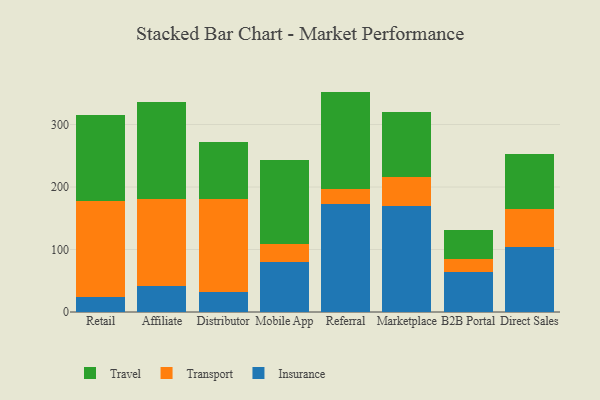
{"axis": {"x": "Channel", "y": "Humidity (%)"}, "legend": ["Insurance", "Transport", "Travel"], "data": [{"x": "Retail", "y": 24.8, "type": "Insurance"}, {"x": "Retail", "y": 152.8, "type": "Transport"}, {"x": "Retail", "y": 137.9, "type": "Travel"}, {"x": "Affiliate", "y": 42.0, "type": "Insurance"}, {"x": "Affiliate", "y": 138.6, "type": "Transport"}, {"x": "Affiliate", "y": 156.0, "type": "Travel"}, {"x": "Distributor", "y": 32.2, "type": "Insurance"}, {"x": "Distributor", "y": 148.6, "type": "Transport"}, {"x": "Distributor", "y": 91.4, "type": "Travel"}, {"x": "Mobile App", "y": 79.4, "type": "Insurance"}, {"x": "Mobile App", "y": 28.9, "type": "Transport"}, {"x": "Mobile App", "y": 135.6, "type": "Travel"}, {"x": "Referral", "y": 172.2, "type": "Insurance"}, {"x": "Referral", "y": 24.7, "type": "Transport"}, {"x": "Referral", "y": 155.8, "type": "Travel"}, {"x": "Marketplace", "y": 169.1, "type": "Insurance"}, {"x": "Marketplace", "y": 46.4, "type": "Transport"}, {"x": "Marketplace", "y": 105.0, "type": "Travel"}, {"x": "B2B Portal", "y": 64.5, "type": "Insurance"}, {"x": "B2B Portal", "y": 19.6, "type": "Transport"}, {"x": "B2B Portal", "y": 47.6, "type": "Travel"}, {"x": "Direct Sales", "y": 104.3, "type": "Insurance"}, {"x": "Direct Sales", "y": 60.8, "type": "Transport"}, {"x": "Direct Sales", "y": 88.0, "type": "Travel"}]}